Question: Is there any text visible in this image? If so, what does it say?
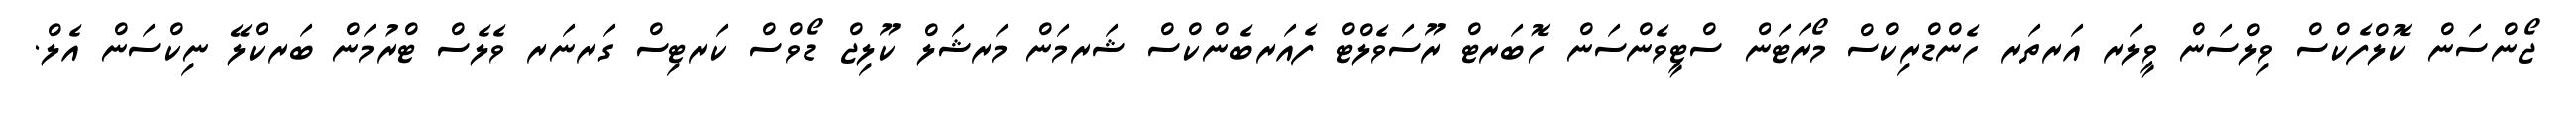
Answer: ޖޯންސަން ކޮލްފެކްސް ވިލްސަން ވީލަރ އަރތަރ ހެންޑްރިކްސް މޯރަޓަން ސްޓީވެންސަން ހޮބަރޓް ރޫސަވެލްޓް ފެއަރބެންކްސް ޝަރމަން މަރޝަލް ކޫލިޖް ޑޯވްސް ކަރޓިސް ގަރނަރ ވެލެސް ޓްރުމަން ބަރކްލޭ ނިކްސަން އެލް.